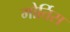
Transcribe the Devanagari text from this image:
मोर्तिस